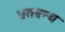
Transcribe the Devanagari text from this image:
व्रतबन्ध